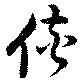
侠